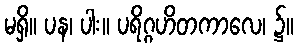
မရှိ။ ပန၊ ပါး။ ပရိဂ္ဂဟိတကာလေ၊ ၌။